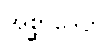
အစ္ဆာဒေတိ